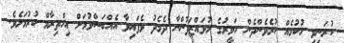
ކުރަނިވި ހުކުމެއް ކުރެވެންދެން ހަވީރުގެ މުވައްޒަފުންނާ ދެމެދު ވެފައިވާ އެއްބަސްވުމަށް އިހްތިރާމް ކުރުމަށެވެ.